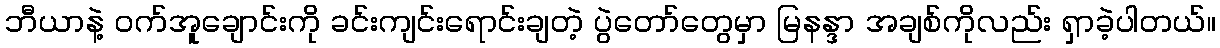
ဘီယာနဲ့ ဝက်အူချောင်းကို ခင်းကျင်းရောင်းချတဲ့ ပွဲတော်တွေမှာ မြနန္ဒာ အချစ်ကိုလည်း ရှာခဲ့ပါတယ်။